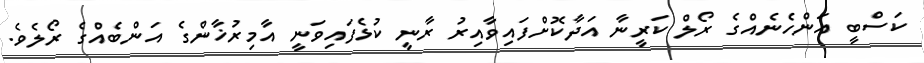
ކަސްބީ އަންހެނެއްގެ ރޯލް ކަރީނާ އަދާކޮށްފައިވާއިރު ރާނީ ކުޅެފައިވަނީ އާމިރުޚާންގެ އަންބެއްގެ ރޯލެވެ.